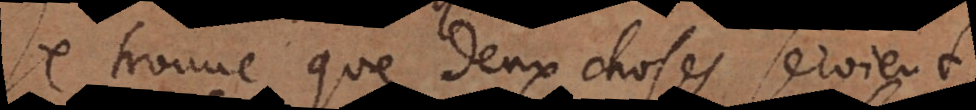
Je trouve que deux choses seroient